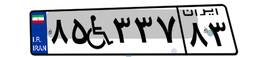
۸۵W۳۳۷۸۳